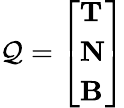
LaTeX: \mathcal{Q}=\left[{\begin{array}{l}{\mathbf{T}}\\ {\mathbf{N}}\\ {\mathbf{B}}\end{array}}\right]